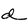
Character: d